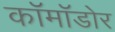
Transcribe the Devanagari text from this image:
कॉमॉडोर